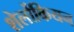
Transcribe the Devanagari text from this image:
शेर्लोकियन